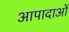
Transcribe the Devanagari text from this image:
आपादाओं